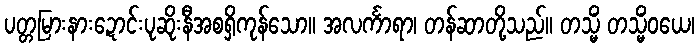
ပတ္တမြားနားဍောင်းပုဆိုးနီအစရှိကုန်သော။ အလင်္ကာရာ၊ တန်ဆာတို့သည်။ တသ္မိံ တသ္မိံဝယေ၊